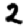
Digit: 2